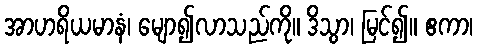
အာဟရိယမာနံ၊ မျော၍လာသည်ကို။ ဒိသွာ၊ မြင်၍။ ဧကာ၊